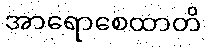
အာရောစေထာတိ